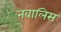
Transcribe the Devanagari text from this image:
नवालिस